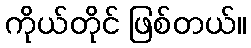
ကိုယ်တိုင် ဖြစ်တယ်။